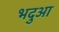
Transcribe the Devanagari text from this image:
भदुआ